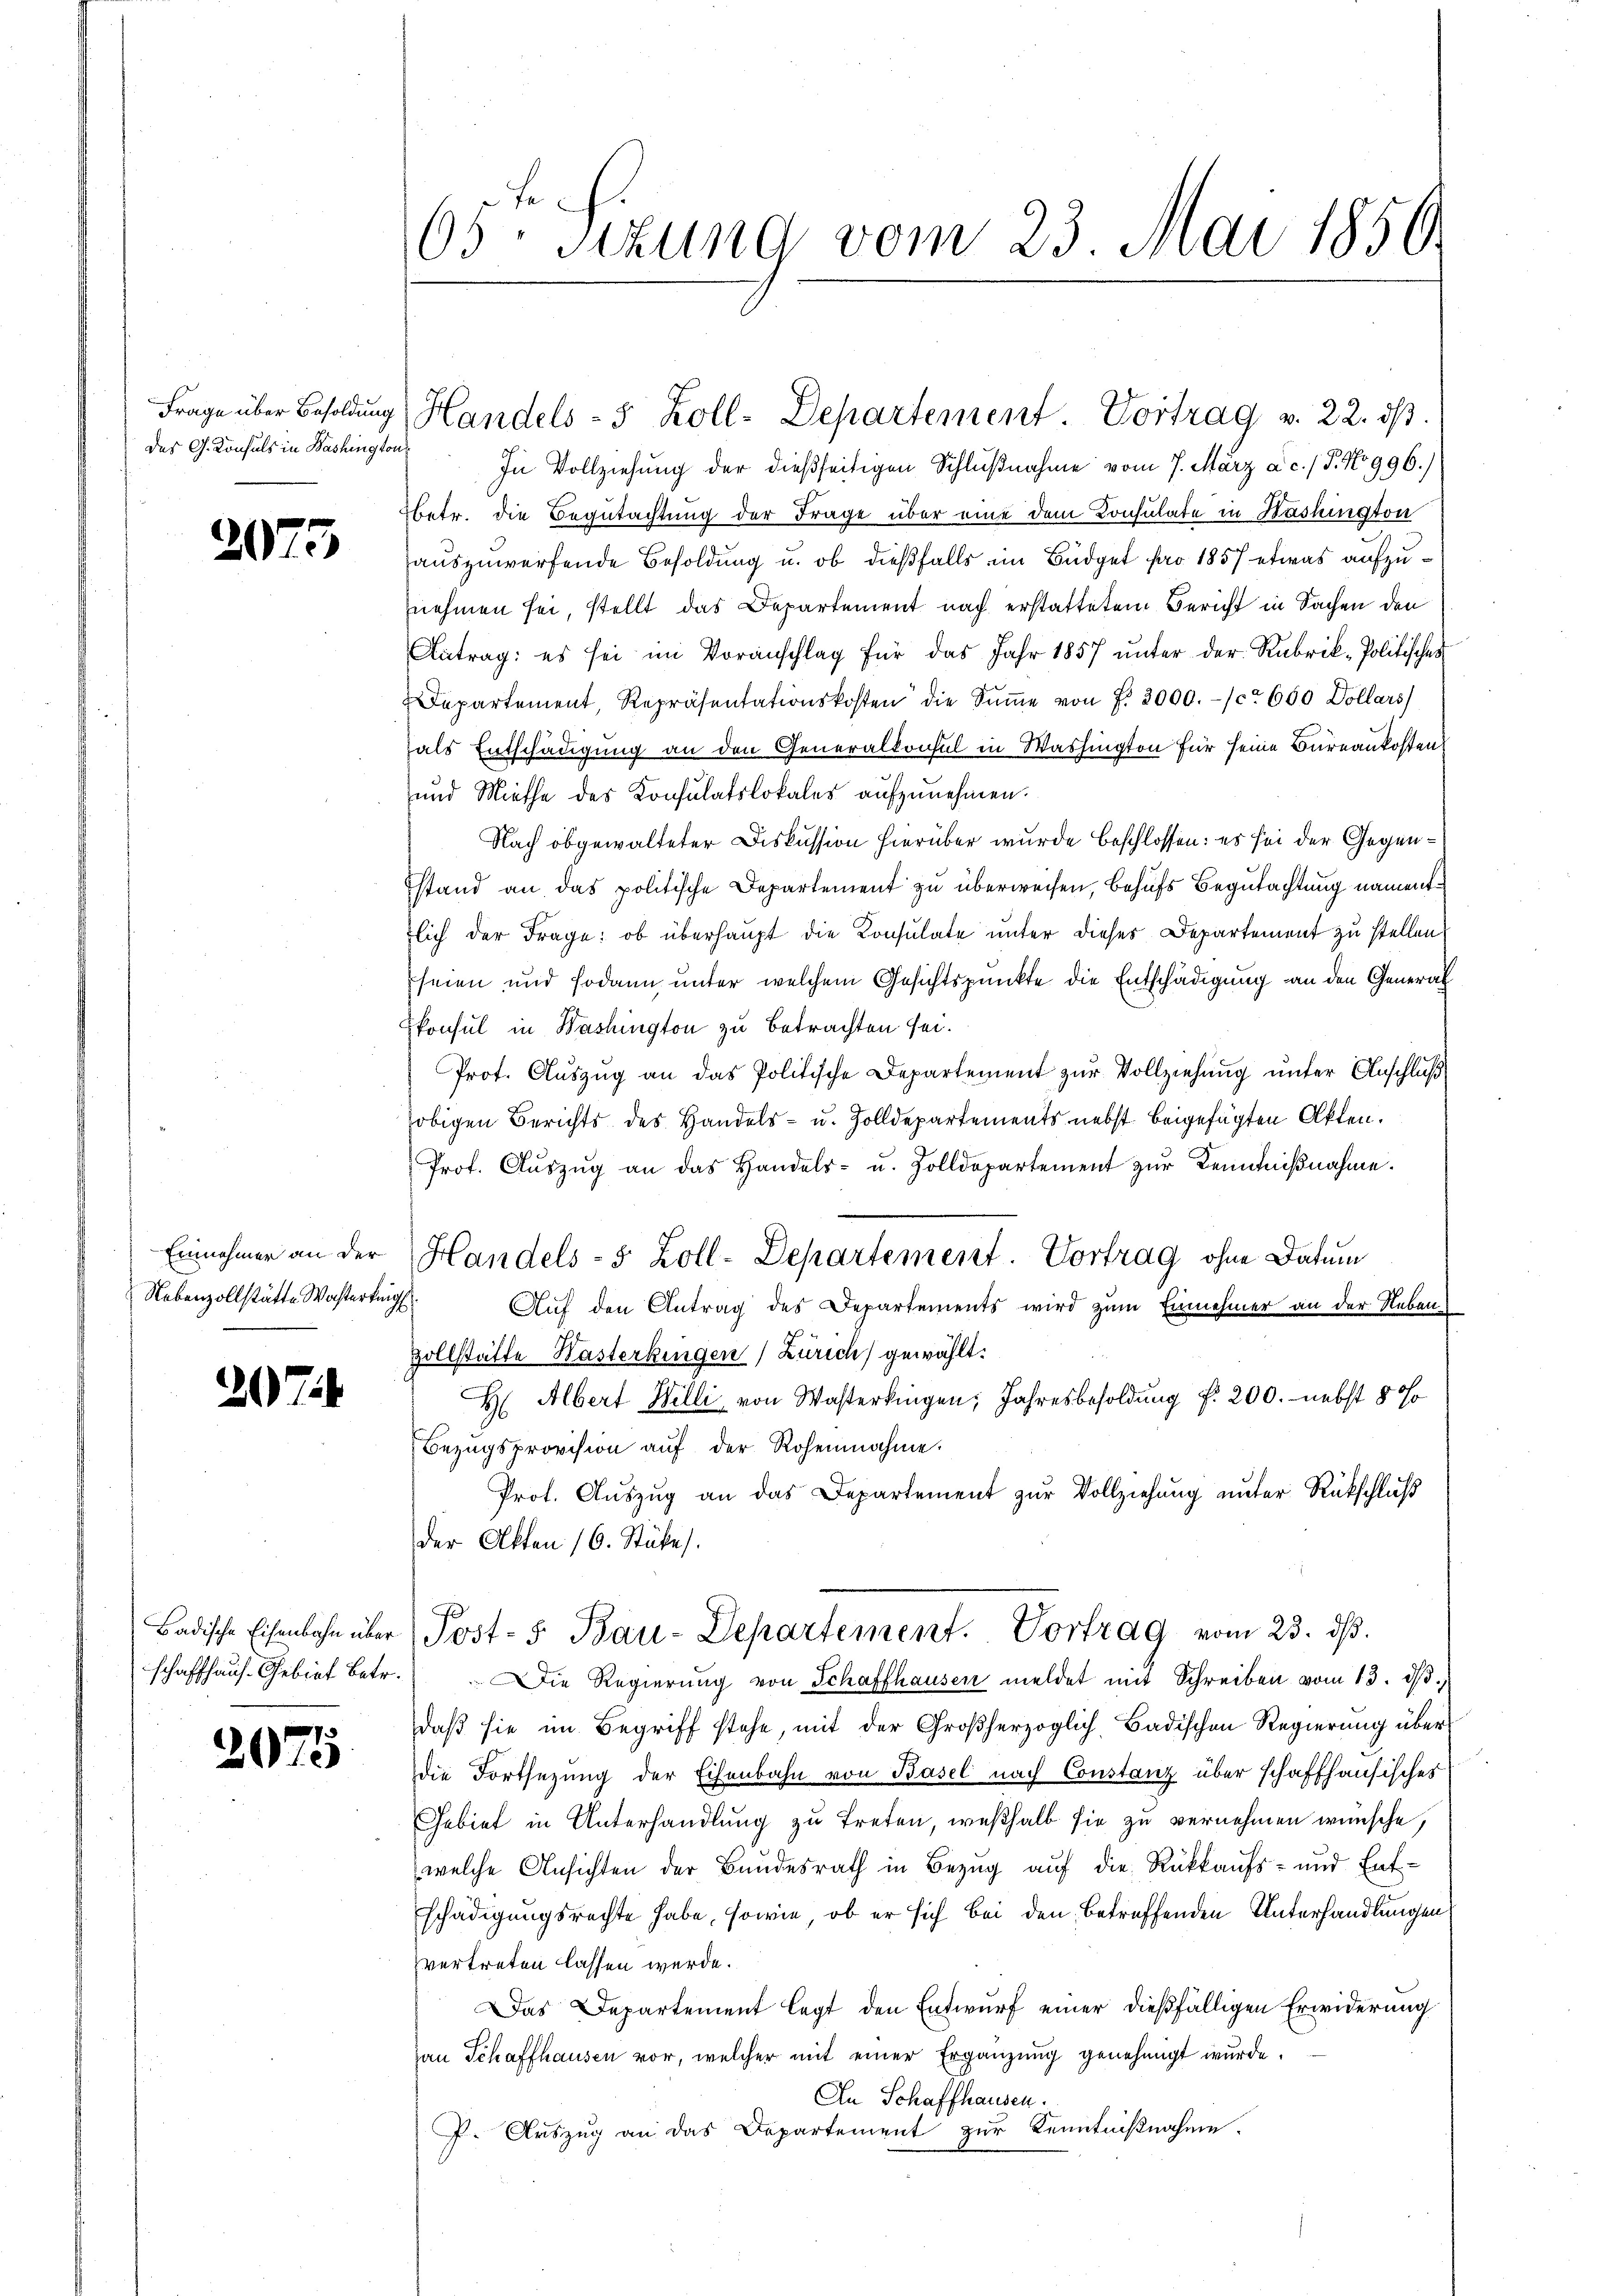
des G. Konsuls in Bashington,

2075

Nebenzollstätte Wasterking

27

2075

65te Sizung vom 23. Mai 1850.

In Vollziehung der dießseitigen Schlußnahme vom 7. März a. c. / P. No 996.)
betr. die Begutachtung der Frage über eine dem Konsulate in Washington
auszuwerfende Besoldung u. ob dießfalls im Büdget pro 1857 etwas aufzunehmen sei, stellt das Departement nach erstattetem Bericht in Sachen den
Antrag: es sei im Voranschlag für das Jahr 1857 ŭnter der Rubrik-Politisches
Departement, Repräsentationskosten die Sŭṁe von f. 2000.- (ca 600 Dollars)
als Entschädigung an den Generalkonsul in Washington für seine Bureaukosten
und Miethe des Konsulatslokales aufzunehmen.
Nach obgewalteter Diskussion hierüber wurde beschlossen: es sei der Gegenstand an das politische Departement zu überweisen, behufs Begutachtung namentlich der Frage: ob überhaupt die Konsulate unter dieses Departement zu stellen
seien und sodann unter welchem Gesichtspunkte die Entschädigung an den General
konsul in Washington zu betrachten sei.
Prot. Auszug an das Politische Departement zur Vollziehung unter Anschluß
obigen Berichts des Handels- u. Zolldepartements nebst beigefügten Akten.
Prof. Aŭszŭg an das Handels- u. Zolldepartement zŭr Kenntniβnahme.
Einnahmer an der Handels- 5 Zoll-Departement. Vortrag ohne Datum
Auf den Antrag des Departements wird zum Einnehmer an der Neben
Zollstätte Hasterkingen Zürich) gewählt.
H Albert Willi von Wasterkingen, Jahresbesoldung f. 200. nebst 5 0
Bezugsprovision auf der Rohennahme.
Prot. Auszug an das Departement zur Vollziehung unter Rückschluß
der Akten 16. Stücke).
Badische Eisenbahn über Post- 5. Bau-Departement. Vortrag vom 23. dβ.
schaffhaŭs- Gebiet betr. Die Regierŭng von Schaffhausen meldet mit Schreiben vom 13. dβ.
daβ sie im Begriff stehe, mit der Großherzoglich-Badischen Regierung über
die Fortsetzung der Eisenbahn von Basel nach Constanz über schaffhausisches
Gebiet in Unterhandlung zu treten, weßhalb sie zu vernehmen wünsche,
welche Ansichten der Bundesrath in Bezug auf die Rückkaufs- und Ent-
schädigungsrechte habe, sowie, ob er sich bei den betreffenden Unterhandlungen
vertreten lassen werde.
Das Departement legt den Entwurf einer dießfälligen Erwiderung
han Schaffhausen vor, welcher mit einer Ergänzung genehmigt wurde.
In Schaffhausen.
P. Auszug an das Departement zur Kenntnißnahme.

Frage über Besoldŭng Handels- 5 Zoll-Departement Vortrag v. 22. dβ.